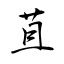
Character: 苴